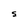
Character: S